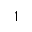
1